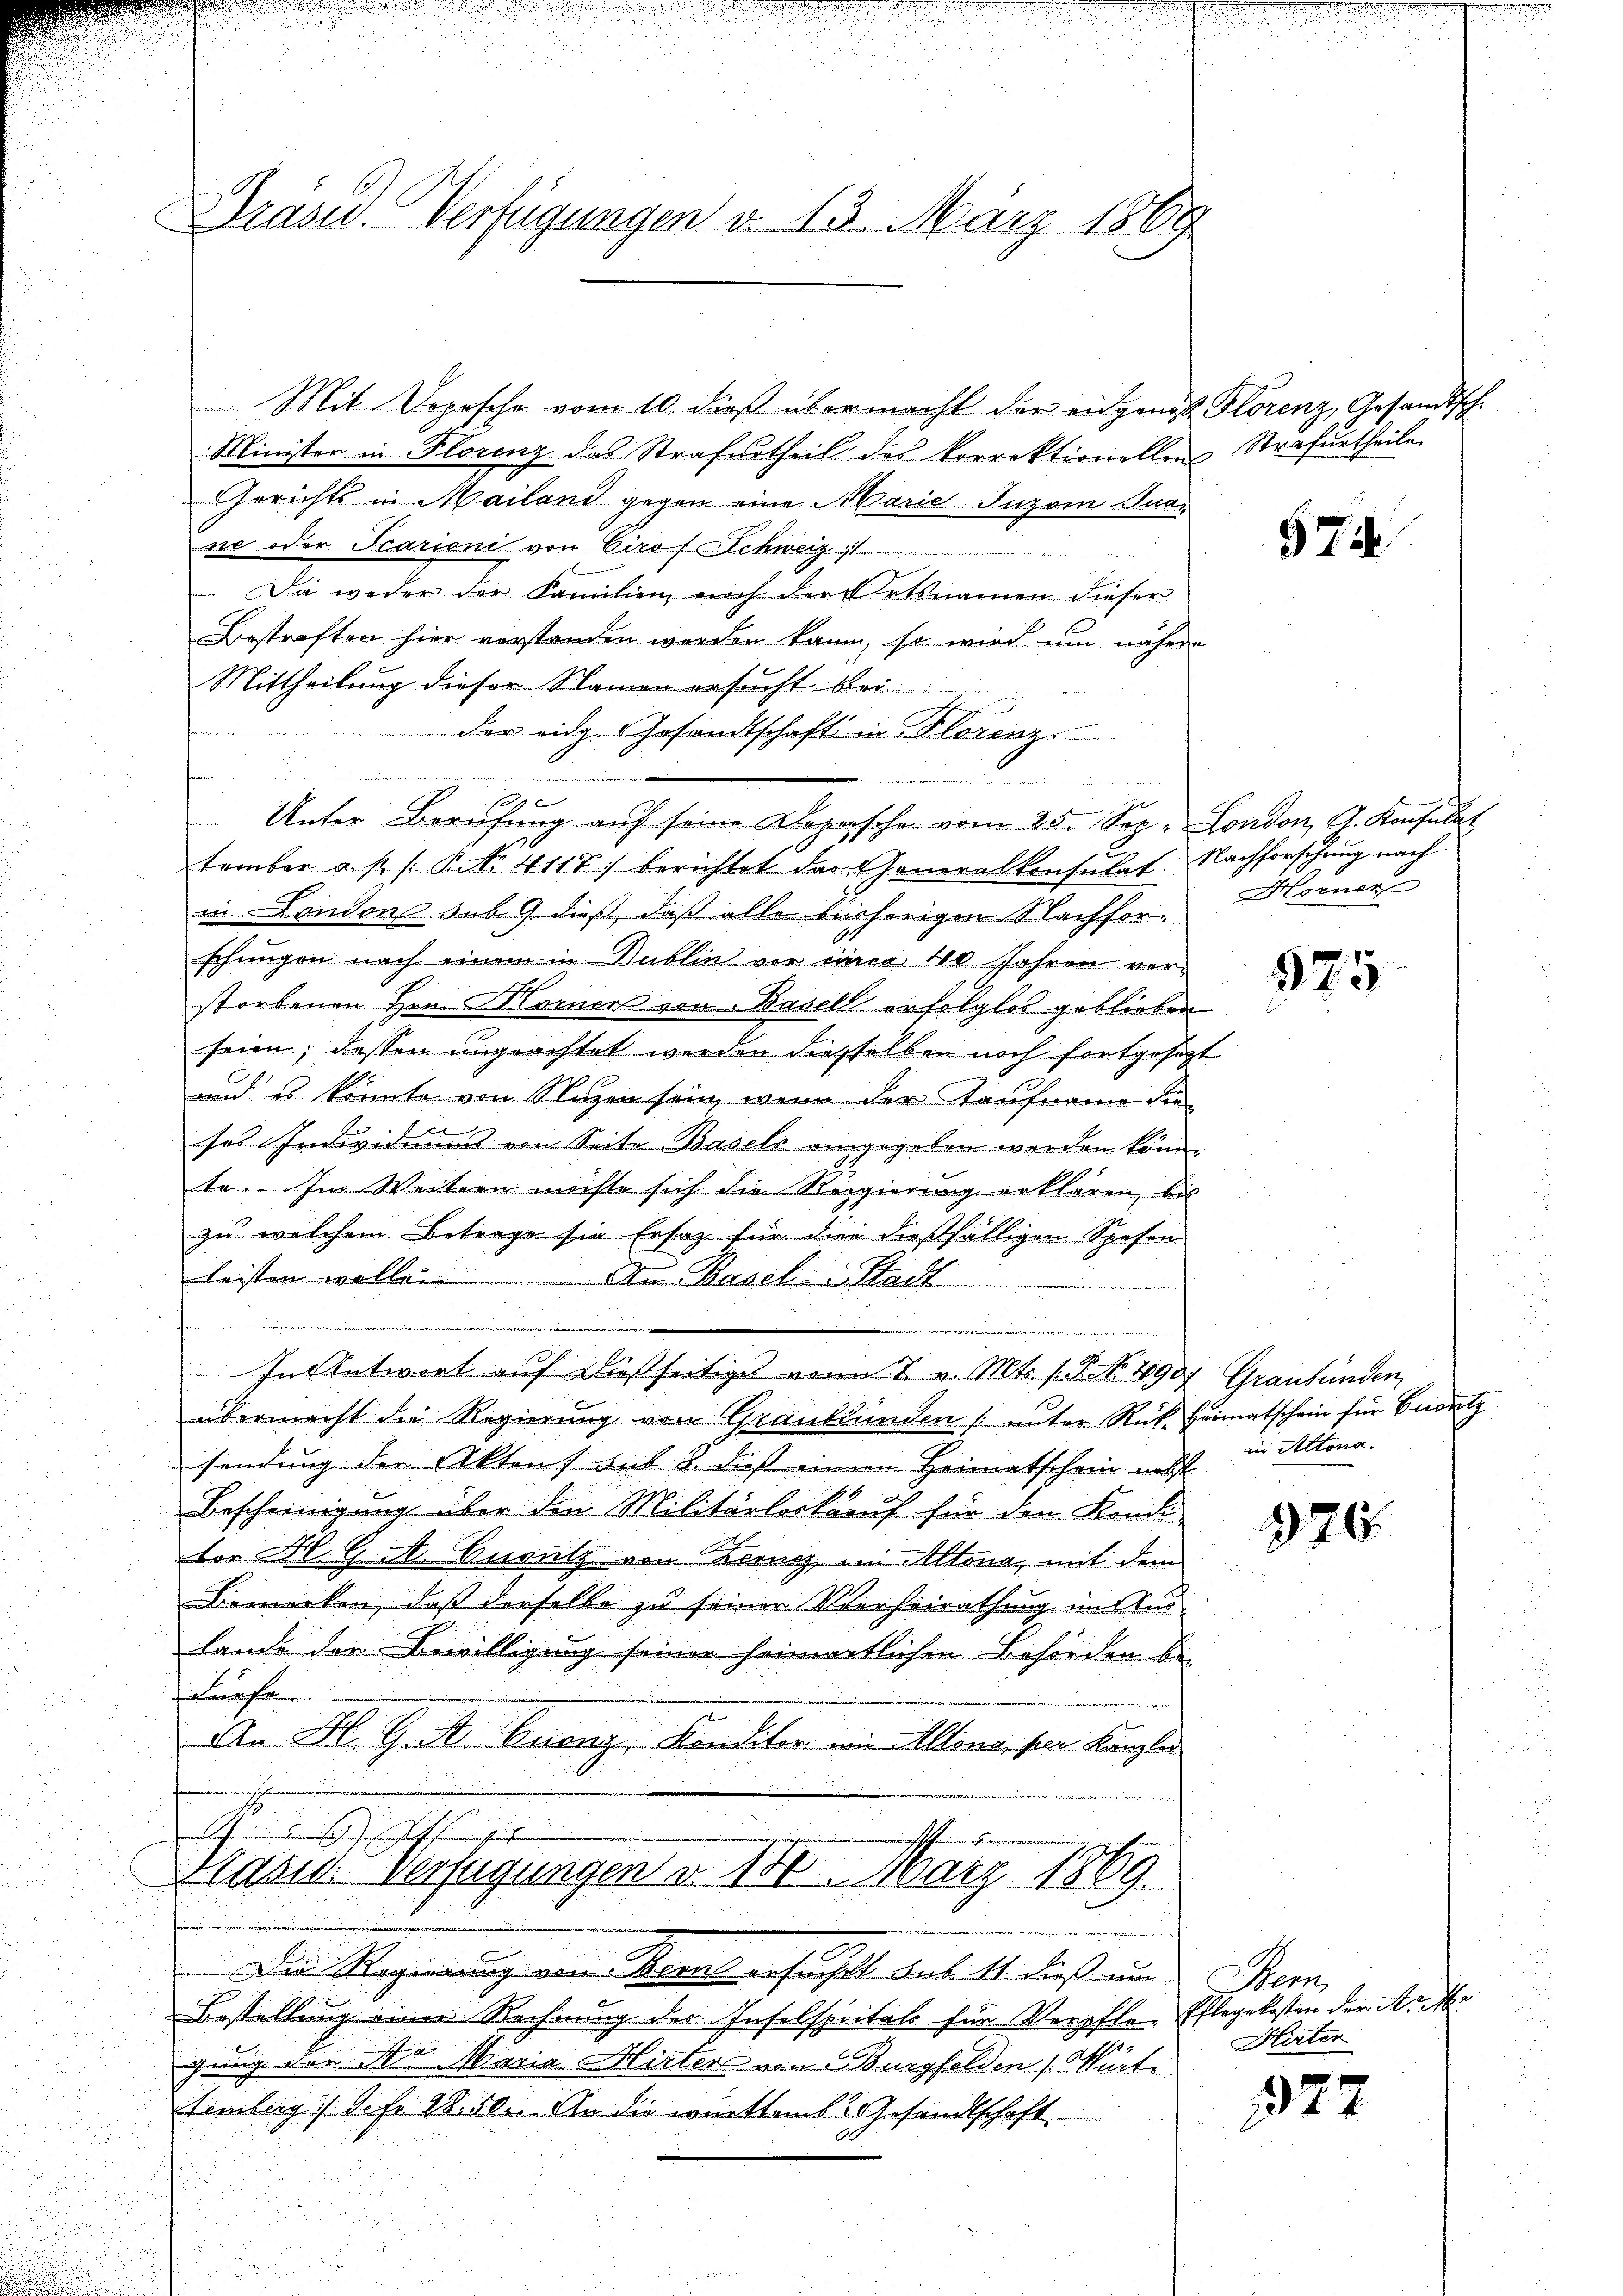
räsid. Verfügungen d. 13. März 1869

Mit Dopische vom 10. dieß übermacht der eidgenos Florenz, Gesandtsch.
Minister in Florenz das Strafurtheil des Vorrektionellen Strafurtheile
Gerichts in Mailand gegen eine Marie Jugom. Sua
ne oder Scarioni von Girof Schweiz 1
Da weder der Familien noch der Ortsnamen dieser
Bestraften hier verstanden werden kann, so wird um nähere
Mittheilung dieser Namen ersucht bei
der eidg. Gesandtschaft in Florenz
u
¬
.

Unter Berüfŭng aŭf seine Dezasche vom 25. See. London J. Konsulat
tember a. p. /: P. 4117) berichtet der Generalkonsulat. Nachforschung nach
in London sub 9 dieß, daß alle bisherigen Nachforschungen nach einem in Sublin vor einer 110. Jahren vor-
storbenen Hrn. Hornen von Basell erfolglos geblieben
seien; dessen ungeachtet werden diesselben noch fortgesetzt
und es könnte von Nuzen sein, wenn der Taufname die
g
ses Individuums von Seite Basels eingegeben werden könn
te. Im Weitern möchte sich die Regierung erklären, bis
zu welchem Betrage sie Ersatz für die dießfälligen Spesen
leisten wollen
An Basel-Stadt
In Entwirt auf dießseitige von 7 v. Mts. f. P. No. 490 Graubünden
übermacht die Regierung von Graubünden (unter Rück. Heimatschein für Bentz
sendung der Aktens aus 8. dieß einem Heimatschein nebst
Bescheinigung über den Militärlock auf für den Kondi
tor H. Git. Besitz von Zorn im Altona, mit dem
Bemerken, daß derselbe zu seiner Verheirathung im Auslande der Bewilligung seiner heimentlichen Behörden be¬
Lurfo
An H. Grit Quany, Kanditor wie Altene, sein. Kanzler
dchen des Gesandte
shunden

101 x

d er
I

Hasid. Verfügungen v. 181. März 1869.

Der Regierung von Zürich ersucht, das 14 dies nun
Bestellung einer Rechnung des Inselspitals für Verpfle-Pflegekosten der Ar
gung der No Maria Hirters von Burgfelden. Würte
Femberg 1) S. fr. 2850. An die württem Gesandtschaft

574

Hornen

925

in Altona.

976.

Seon
Hirter

1927